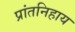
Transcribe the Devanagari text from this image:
प्रांतनिहाय